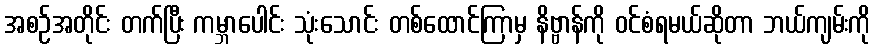
အစဉ်အတိုင်း တက်ပြီး ကမ္ဘာပေါင်း သုံးသောင်း တစ်ထောင်ကြာမှ နိဗ္ဗာန်ကို ဝင်စံရမယ်ဆိုတာ ဘယ်ကျမ်းကို